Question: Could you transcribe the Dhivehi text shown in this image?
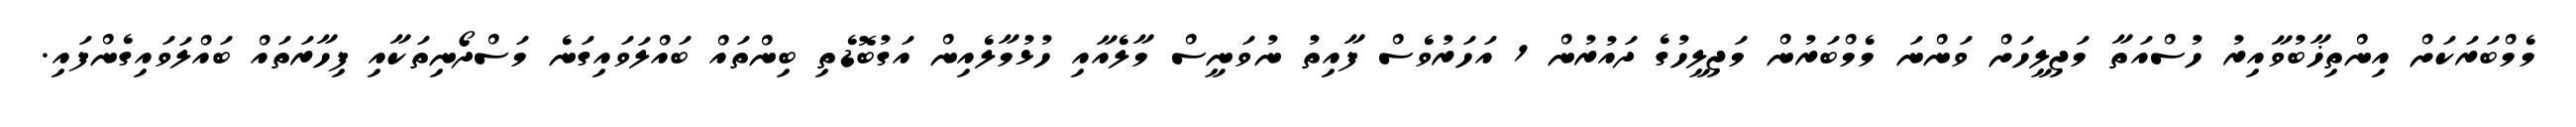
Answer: މެމްބަރަކަށް އިންތިޚާބުވާއިރު ހުސްއަތާ މަޖިލީހަށް ވަންނަ މެމްބަރުން މަޖިލީހުގެ ދައުރުން 1 އަހަރުވެސް ފާއިތު ނުވަނީސް މާލެއާއި ހުޅުމާލެއިން އަގުބޮޑެތި ބިންތައް ބައްލަވައިގަނެ މަސްދޯނިތަކާއި ފިހާރަތައް ބައްލަވައިގެންފައި.